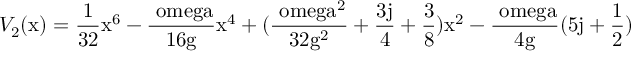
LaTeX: V _ { 2 } ( \mathrm { x ) = \frac { 1 } { 3 2 } \mathrm { x ^ { 6 } - \frac { \ o m e g a } { 1 6 \mathrm { g } } \mathrm { x ^ { 4 } + ( \frac { \ o m e g a ^ { 2 } } { 3 2 \mathrm { g ^ { 2 } } } + \frac { 3 j } { 4 } + \frac { 3 } { 8 } ) \mathrm { x ^ { 2 } - \frac { \ o m e g a } { 4 \mathrm { g } } ( 5 j + \frac { 1 } { 2 } ) } } } }